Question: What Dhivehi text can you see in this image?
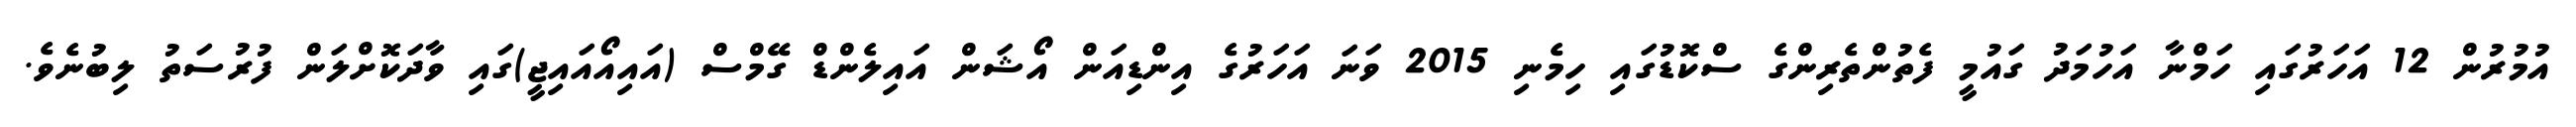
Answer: އުމުރުން 12 އަހަރުގައި ހަމްނާ އަހުމަދު ގައުމީ ފެތުންތެރިންގެ ސްކޮޑުގައި ހިމެނި 2015 ވަނަ އަހަރުގެ އިންޑިއަން އޯޝަން އައިލެންޑް ގޭމްސް (އައިއޯއައިޖީ)ގައި ވާދަކޮށްލަން ފުރުސަތު ލިބުނެވެ.